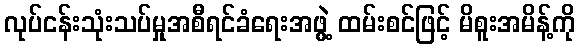
လုပ်ငန်းသုံးသပ်မှုအစီရင်ခံရေးအဖွဲ့ ထမ်းစင်ဖြင့် မိစူးအမိန့်ကို